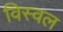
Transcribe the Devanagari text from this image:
विस्वल